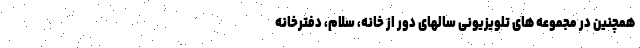
همچنین در مجموعه های تلویزیونی سالهای دور از خانه، سلام، دفترخانه